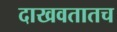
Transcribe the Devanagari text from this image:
दाखवतातच